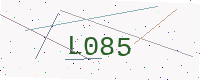
Text: L085